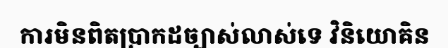
ការមិនពិតប្រាកដច្បាស់លាស់ទេ វិនិយោគិន